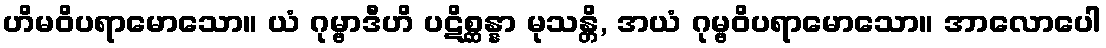
ဟိမဝိပရာမောသော။ ယံ ဂုမ္ဗာဒီဟိ ပဋိစ္ဆန္နာ မုသန္တိ, အယံ ဂုမ္ဗဝိပရာမောသော။ အာလောပေါ